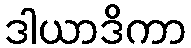
ဒါယာဒိကာ